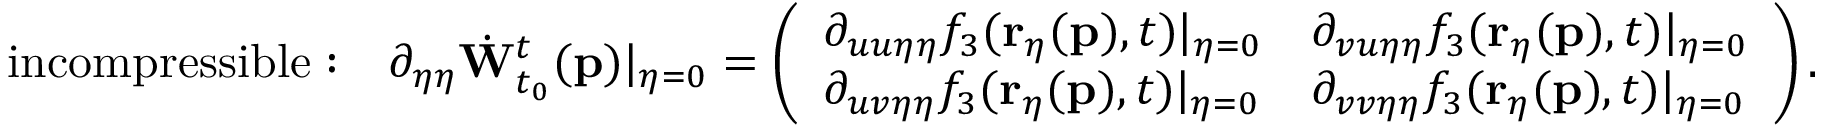
\mathrm { i n c o m p r e s s i b l e : \quad } \partial _ { \eta \eta } \dot { \mathbf { W } } _ { t _ { 0 } } ^ { t } ( \mathbf { p } ) \vert _ { \eta = 0 } = \left( \begin{array} { l l } { \partial _ { u u \eta \eta } f _ { 3 } ( \mathbf { r } _ { \eta } ( \mathbf { p } ) , t ) \vert _ { \eta = 0 } } & { \partial _ { v u \eta \eta } f _ { 3 } ( \mathbf { r } _ { \eta } ( \mathbf { p } ) , t ) \vert _ { \eta = 0 } } \\ { \partial _ { u v \eta \eta } f _ { 3 } ( \mathbf { r } _ { \eta } ( \mathbf { p } ) , t ) \vert _ { \eta = 0 } } & { \partial _ { v v \eta \eta } f _ { 3 } ( \mathbf { r } _ { \eta } ( \mathbf { p } ) , t ) \vert _ { \eta = 0 } } \end{array} \right) .